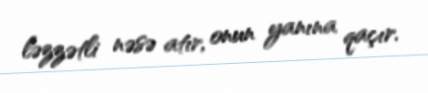
ləzzətli nəsə atır, onun yanına qaçır.